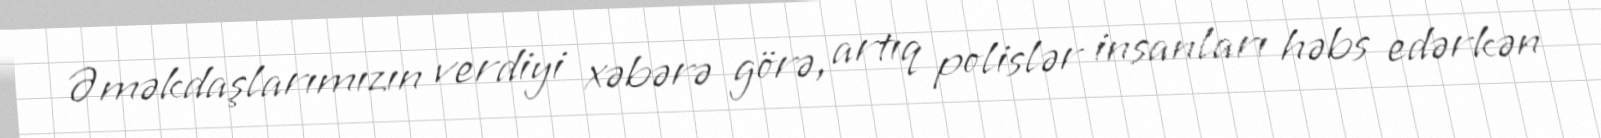
Əməkdaşlarımızın verdiyi xəbərə görə, artıq polislər insanları həbs edərkən